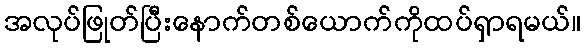
အလုပ်ဖြုတ်ပြီးနောက်တစ်ယောက်ကိုထပ်ရှာရမယ်။